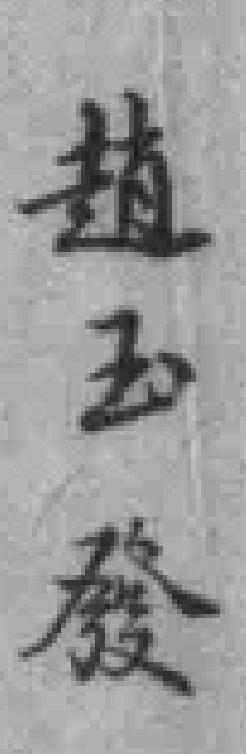
趙玉發